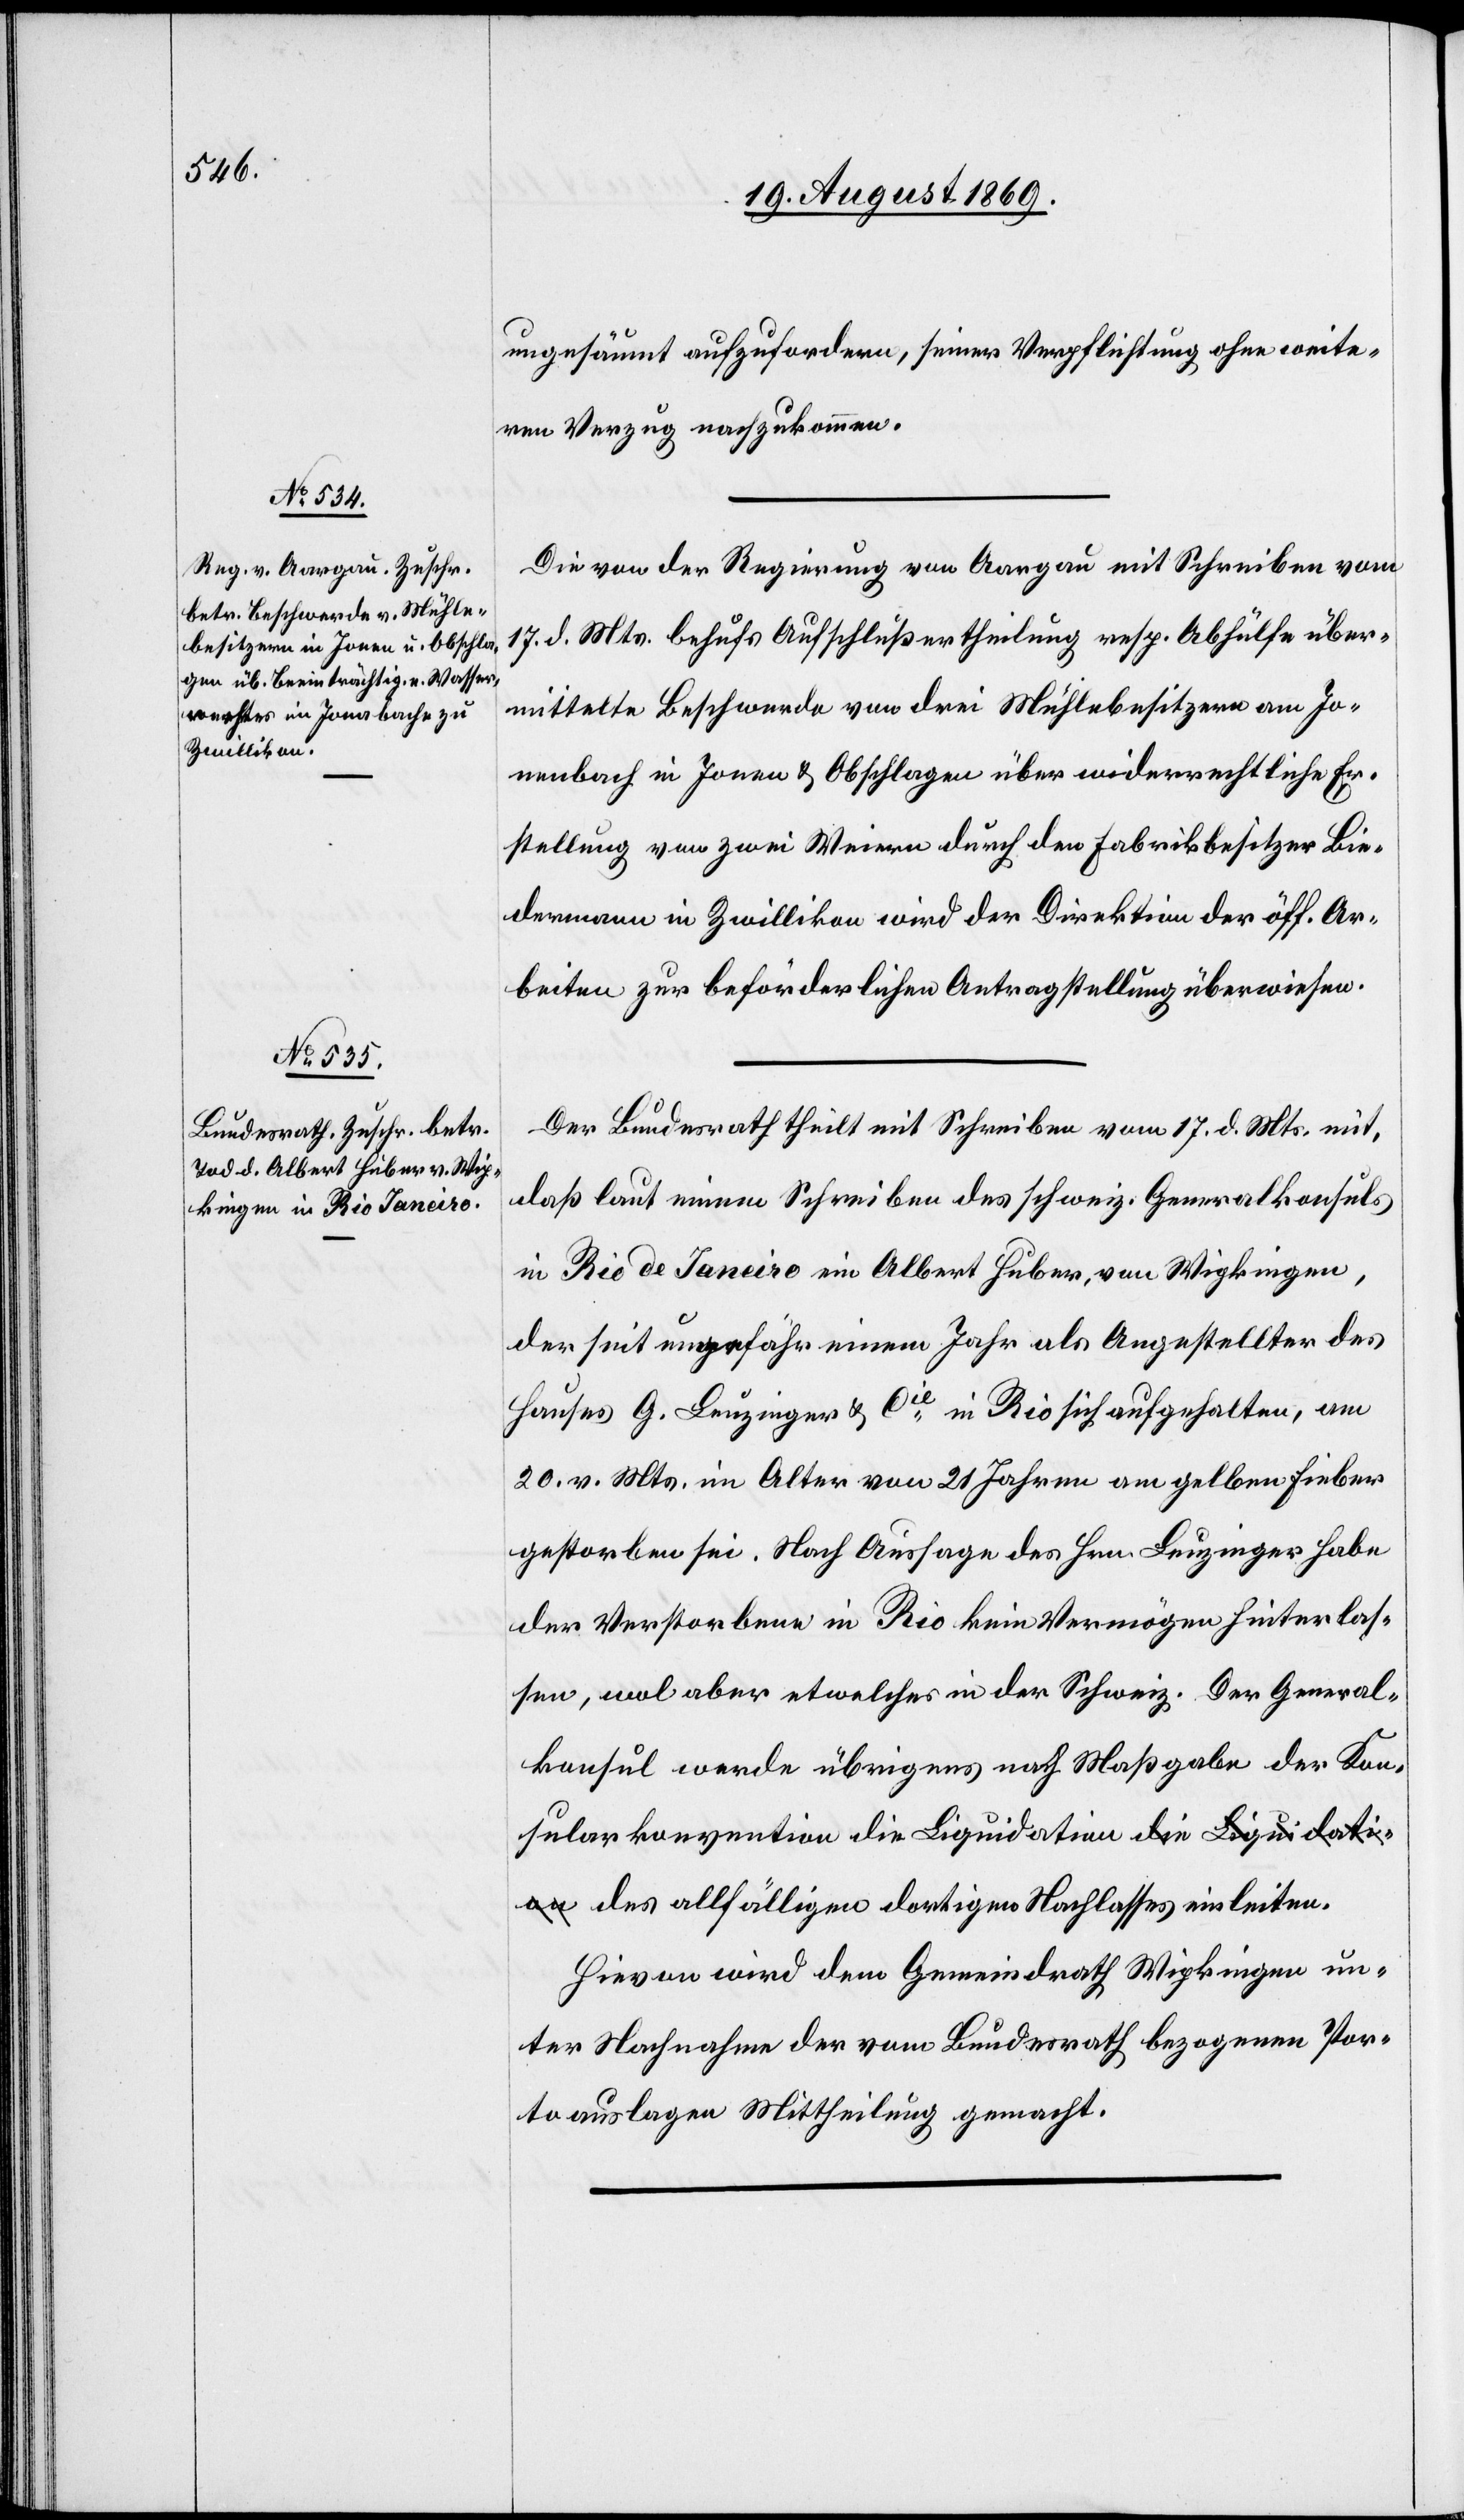
einleiten.

20. August 1869.]
ungesäumt aufzufordern, seiner Verpflichtung ohne weite¬
ren Verzug nachzukommen.
Die von der Regierung von Aargau mit Schreiben vom
17. d. Mts. behufs Aufschlußertheilung resp. Abhülfe über¬
mittelte Beschwerde von drei Mühlebesitzern am Jo¬
nenbach in Jonen & Obschlagen über widerrechtliche Er¬
stellung von zwei Weiern durch den Fabrikbesitzer Bie¬
dermann in Zwillikon wird der Direktion der öff. Ar¬
beiten zur beförderlichen Antragstellung überwiesen.
Der Bundesrath theilt mit Schreiben vom 17. d. Mts. mit,
daß laut einem Schreiben des schweiz. Generalkonsuls
in Rio de Janeiro ein Albert Huber, von Wipkingen,
der seit ungefähr einem Jahr als Angestellter des
Hauses G. Leuzinger & Cie in Rio sich aufgehalten, am
20. v. Mts. im Alter von 21 Jahren am gelben Fieber
gestorben sei. Nach Aussage des Hrn. Leuzinger habe
der Verstorbene in Rio kein Vermögen hinterlas¬
sen, wol aber etwelches in der Schweiz. Der General¬
konsul werde übrigens nach Maßgabe der Kon¬
sularkonvention die Liquidation des allfälligen
Hievon wird dem Gemeindrath Wipkingen un¬
ter Nachnahme der vom Bundesrath bezogenen Por¬
toauslagen Mittheilung gemacht.